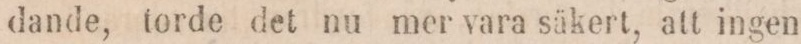
dande, torde det nu mer vara säkert, att ingen